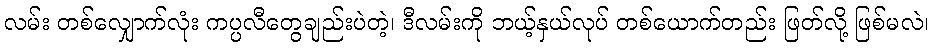
လမ်း တစ်လျှောက်လုံး ကပ္ပလီတွေချည်းပဲတဲ့၊ ဒီလမ်းကို ဘယ့်နှယ်လုပ် တစ်ယောက်တည်း ဖြတ်လို့ ဖြစ်မလဲ၊